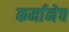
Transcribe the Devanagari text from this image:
कर्मानेच